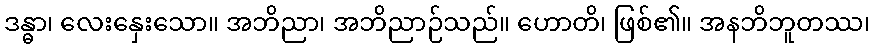
ဒန္ဓာ၊ လေးနှေးသော။ အဘိညာ၊ အဘိညာဉ်သည်။ ဟောတိ၊ ဖြစ်၏။ အနဘိဘူတဿ၊